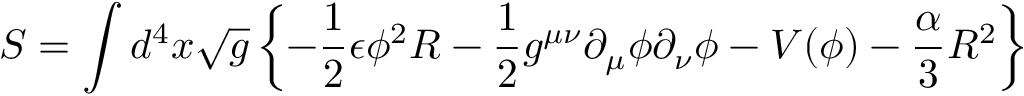
S = \int d ^ { 4 } x \sqrt { g } \left\{ - { \frac { 1 } { 2 } } \epsilon { \phi } ^ { 2 } R - { \frac { 1 } { 2 } } g ^ { \mu \nu } { \partial } _ { \mu } { \phi } { \partial } _ { \nu } { \phi } - V ( \phi ) - { \frac { \alpha } { 3 } } R ^ { 2 } \right\}